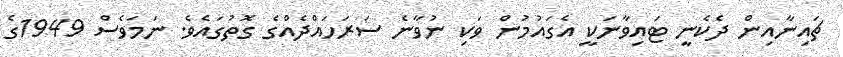
ޗައިނާއިން ދެކެނީ ޓައިވާނަކީ އެގައުމުން ވަކި ނުވާނެ ސަރަހައްދެއްގެ ގޮތުގައެވެ. ނަމަވެސް 1949ގެ